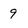
Character: 9